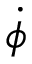
\Dot { \phi }